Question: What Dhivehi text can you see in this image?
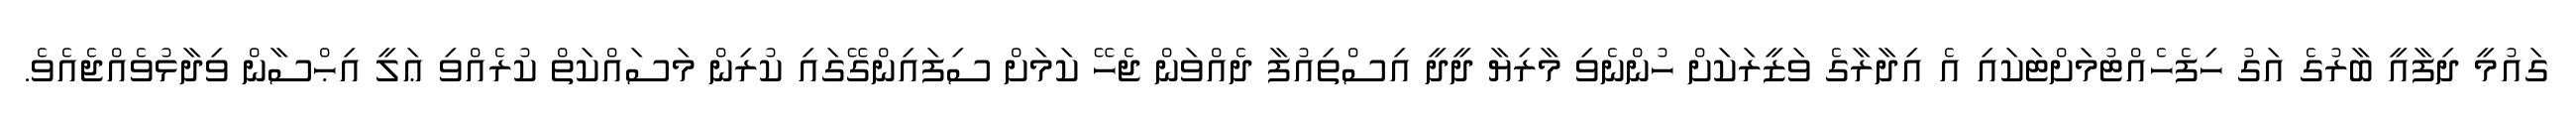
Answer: ގައުމީ ދިފާއީ ބާރުގެ އަގު ހިފެހެއްޓުމަށްޓަކައި އެ އިދާރާގެ ވަޒީރަކަށް ހުންނެވި މާރިޔާ ދީދީ އިސްތިއުފާ ދެއްވަން ޖެހޭ ކަމަށް ސިފައިންގޭގައި ކުރިން މަސައްކަތް ކުރެއްވި ޢަލީ އިޙްސާން ވިދާޅުވެއްޖެއެވެ.